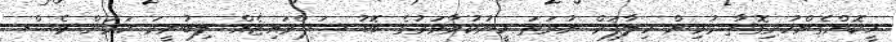
ހީކޮށްގެންހުރިގޮތާ މުޅިން ހިލާފަށް ނުވަތަ ހީނުކުރާވަރުގެ ބޮޑު ސަޕްރައިޒެއް ލިބުނީމަ ކަމަށް ވެސް